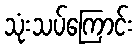
သုံးသပ်ကြောင်း